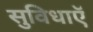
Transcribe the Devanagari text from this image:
सुविधाऍ